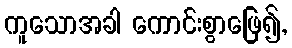
ကူသောအခါ ကောင်းစွာဖြေ၍,